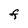
Character: F